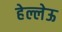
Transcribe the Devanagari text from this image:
हेल्लेऊ